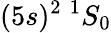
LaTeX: (5s)^{2}~^{1}S_{0}